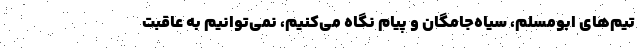
تیم‌های ابومسلم، سیاه‌جامگان و پیام نگاه می‌کنیم، نمی‌توانیم به عاقبت